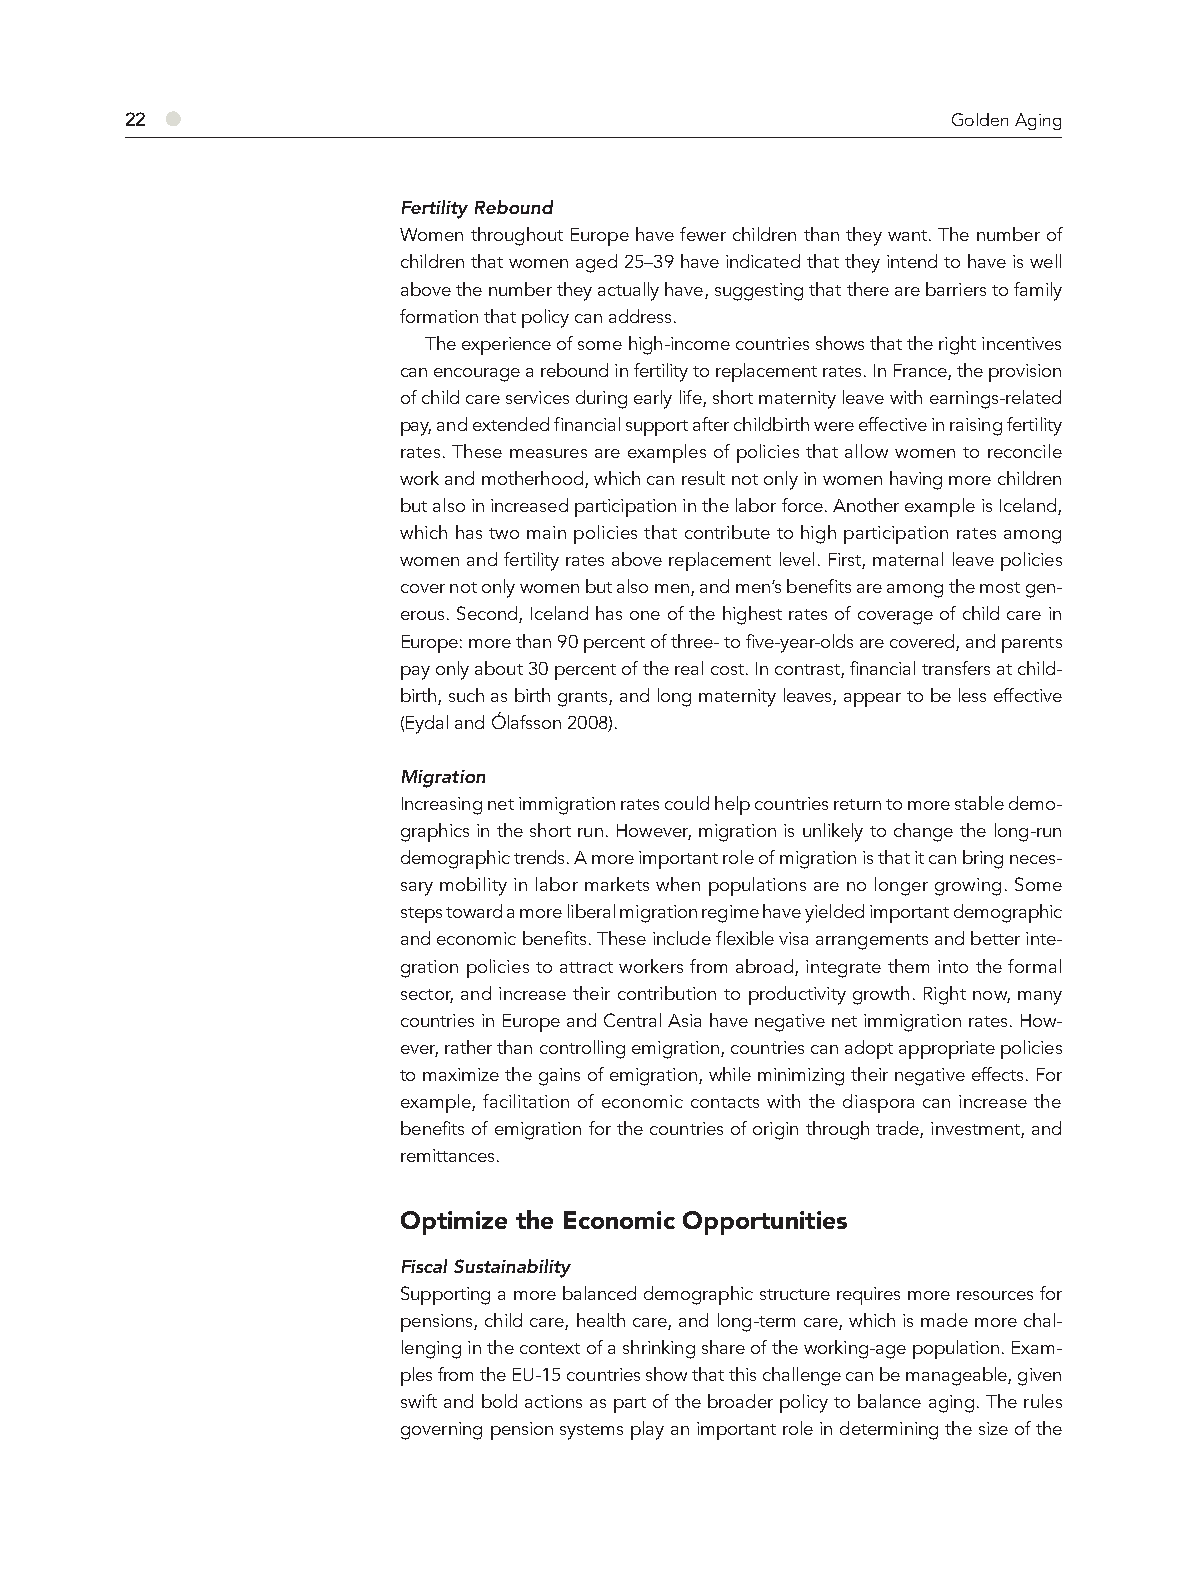
22 ●                                                   Golden Aging
 Fertility Rebound
 Women throughout Europe have fewer children than they want. The number of
 children that women aged 25–39 have indicated that they intend to have is well
 above the number they actually have, suggesting that there are barriers to family
 formation that policy can address.
 The experience of some high-income countries shows that the right incentives
 can encourage a rebound in fertility to replacement rates. In France, the provision
 of child care services during early life, short maternity leave with earnings-related
 pay, and extended financial support after childbirth were effective in raising fertility
 rates. These measures are examples of policies that allow women to reconcile
 work and motherhood, which can result not only in women having more children
 but also in increased participation in the labor force. Another example is Iceland,
 which has two main policies that contribute to high participation rates among
 women and fertility rates above replacement level. First, maternal leave policies
 cover not only women but also men, and men’s benefits are among the most gen-
 erous. Second, Iceland has one of the highest rates of coverage of child care in
 Europe: more than 90 percent of three- to five-year-olds are covered, and parents
 pay only about 30 percent of the real cost. In contrast, financial transfers at child-
 birth, such as birth grants, and long maternity leaves, appear to be less effective
 (Eydal and Ólafsson 2008).
 Migration
 Increasing net immigration rates could help countries return to more stable demo-
 graphics in the short run. However, migration is unlikely to change the long-run
 demographic trends. A more important role of migration is that it can bring neces-
 sary mobility in labor markets when populations are no longer growing. Some
 steps toward a more liberal migration regime have yielded important demographic
 and economic benefits. These include flexible visa arrangements and better inte-
 gration policies to attract workers from abroad, integrate them into the formal
 sector, and increase their contribution to productivity growth. Right now, many
 countries in Europe and Central Asia have negative net immigration rates. How-
 ever, rather than controlling emigration, countries can adopt appropriate policies
 to maximize the gains of emigration, while minimizing their negative effects. For
 example, facilitation of economic contacts with the diaspora can increase the
 benefits of emigration for the countries of origin through trade, investment, and
 remittances.
 Optimize the Economic Opportunities
 Fiscal Sustainability
 Supporting a more balanced demographic structure requires more resources for
 pensions, child care, health care, and long-term care, which is made more chal-
 lenging in the context of a shrinking share of the working-age population. Exam-
 ples from the EU-15 countries show that this challenge can be manageable, given
 swift and bold actions as part of the broader policy to balance aging. The rules
 governing pension systems play an important role in determining the size of the